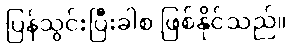
ပြန်သွင်းပြီးခါစ ဖြစ်နိုင်သည်။